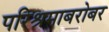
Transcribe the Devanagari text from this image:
परिश्रमाबरोबर